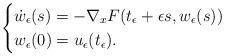
LaTeX: \begin{align*}\begin{cases}\dot{w}_\epsilon(s)=-\nabla_x F(t_\epsilon+\epsilon s, w_\epsilon(s))\\w_\epsilon(0)=u_\epsilon(t_\epsilon).\end{cases}\end{align*}